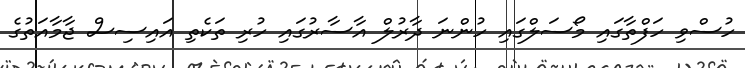
ހުސްވި ހަފްތާގައި މޯސަލްގައި ހުންނަ ދާރުލް އާސާރުގައި ހުރި ތަކެތި އައިސިސް ޖާމާއަތުގެ